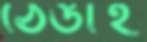
ঠেঙাই